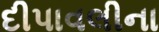
દીપાવલીના